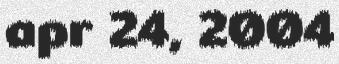
apr 24, 2004